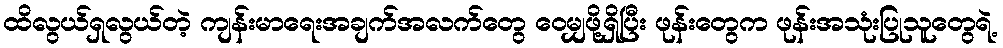
ထိလွယ်ရှလွယ်တဲ့ ကျန်းမာရေးအချက်အလက်တွေ ဝေမျှဖို့ရှိပြီး ဖုန်းတွေက ဖုန်းအသုံးပြုသူတွေရဲ့